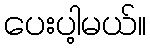
ပေးပါ့မယ်။